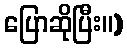
ပြောဆိုပြီး။)